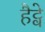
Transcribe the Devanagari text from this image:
हैट्वे